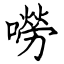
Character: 嘮